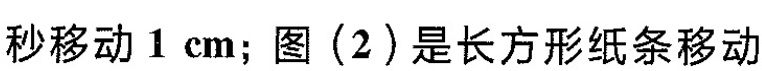
秒移动1cm；图(2)是长方形纸条移动